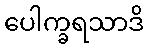
ပေါက္ခရသာဒိ